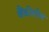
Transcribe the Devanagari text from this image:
बैंकोसोल